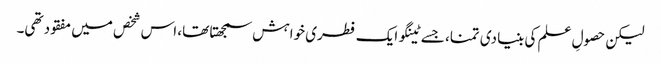
لیکن حصولِ علم کی بنیادی تمنا، جسے ٹینگو ایک فطری خواہش سمجھتا تھا، اس شخص میں مفقود تھی۔